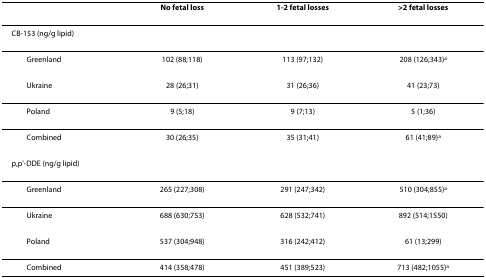
<table><thead><tr><td></td><td><b>No fetal loss</b></td><td><b>1-2 fetal losses</b></td><td><b>&gt;2 fetal losses</b></td></tr></thead><tbody><tr><td>CB-153 (ng/g lipid)</td><td></td><td></td><td></td></tr><tr><td> Greenland</td><td>102 (88;118)</td><td>113 (97;132)</td><td>208 (126;343)<sup>a</sup></td></tr><tr><td> Ukraine</td><td>28 (26;31)</td><td>31 (26;36)</td><td>41 (23;73)</td></tr><tr><td> Poland</td><td>9 (5;18)</td><td>9 (7;13)</td><td>5 (1;36)</td></tr><tr><td> Combined</td><td>30 (26;35)</td><td>35 (31;41)</td><td>61 (41;89)<sup>a</sup></td></tr><tr><td>p,p&#x27;-DDE (ng/g lipid)</td><td></td><td></td><td></td></tr><tr><td> Greenland</td><td>265 (227;308)</td><td>291 (247;342)</td><td>510 (304;855)<sup>a</sup></td></tr><tr><td> Ukraine</td><td>688 (630;753)</td><td>628 (532;741)</td><td>892 (514;1550)</td></tr><tr><td> Poland</td><td>537 (304;948)</td><td>316 (242;412)</td><td>61 (13;299)</td></tr><tr><td> Combined</td><td>414 (358;478)</td><td>451 (389;523)</td><td>713 (482;1055)<sup>a</sup></td></tr></tbody></table>